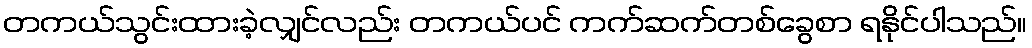
တကယ်သွင်းထားခဲ့လျှင်လည်း တကယ်ပင် ကက်ဆက်တစ်ခွေစာ ရနိုင်ပါသည်။